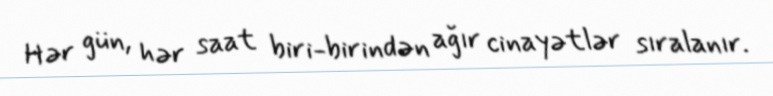
Hər gün, hər saat biri-birindən ağır cinayətlər sıralanır.